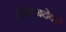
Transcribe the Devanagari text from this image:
मोहोजदेवढे